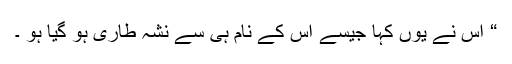
“ اس نے یوں کہا جیسے اس کے نام ہی سے نشہ طاری ہو گیا ہو ۔